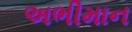
અભીમાન